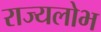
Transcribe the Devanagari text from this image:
राज्यलोभ